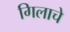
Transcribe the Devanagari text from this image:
गिलाचे